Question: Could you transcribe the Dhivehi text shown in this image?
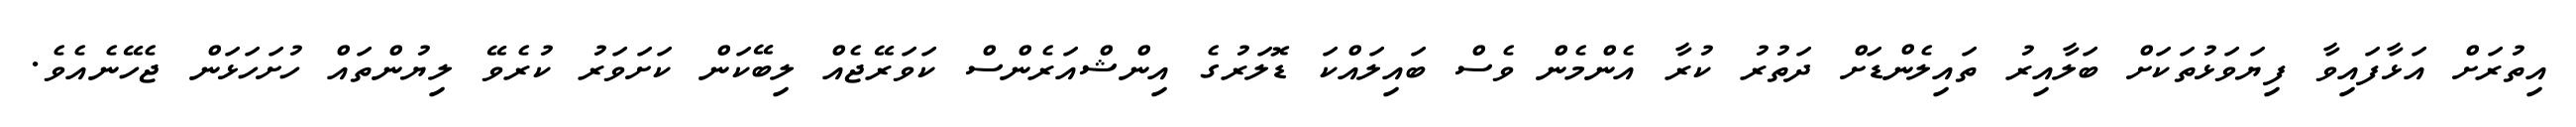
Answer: އިތުރަށް އަޅާފައިވާ ފިޔަވަޅުތަކަށް ބަލާއިރު ތައިލެންޑަށް ދަތުރު ކުރާ އެންމެން ވެސް ބައިލައްކަ ޑޮލަރުގެ އިންޝްއަރެންސް ކަވަރޭޖެއް ލިބޭކަން ކަށަވަރު ކުރެވޭ ލިޔުންތައް ހުށަހަޅަން ޖެހޭނެއެވެ.